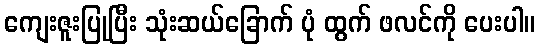
ကျေးဇူးပြုပြီး သုံးဆယ်ခြောက် ပုံ ထွက် ဖလင်ကို ပေးပါ။